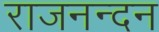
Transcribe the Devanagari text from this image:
राजनन्दन